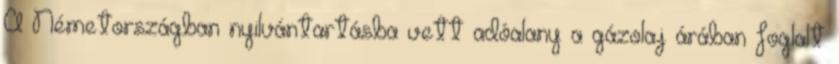
A Németországban nyilvántartásba vett adóalany a gázolaj árában foglalt